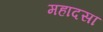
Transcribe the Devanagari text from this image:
महादसा